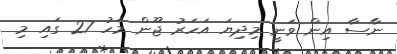
ނާސާ އިން ވަނީ މިދިޔަ އަހަރު ޖޫން މަހު 27 ގައި މި